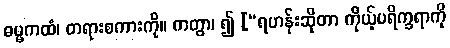
ဓမ္မကထံ၊ တရားစကားကို။ ကတွာ၊ ၍ [“ရဟန်းဆိုတာ ကိုယ့်ပရိက္ခရာကို